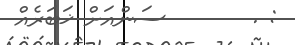
: .       ސަންއަށް ޚަބަރެއް